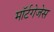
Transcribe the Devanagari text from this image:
मॉर्टगेजेस